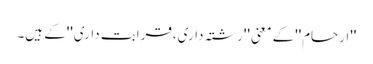
''ارحام''کے معنی ''رشتہ داری،قرابت داری''کے ہیں۔